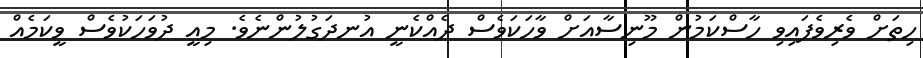
ހިތަށް ވެރިވެފައިވި ހާސްކަމުން މޫނިސާއަށް ވާހަކަވެސް ދެއްކެނީ އުނދަގުލުންނެވެ. މިއީ ދުވަހަކުވެސް ވީކަމެއް